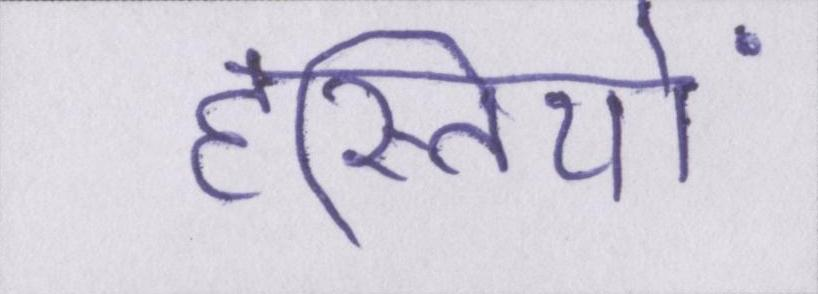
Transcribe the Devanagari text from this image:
हस्तियों